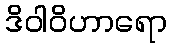
ဒိဝါဝိဟာရော